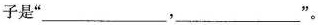
子是”___，___”。